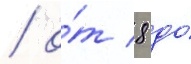
/ о́т 8 до́